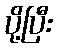
ပို့ပြီး